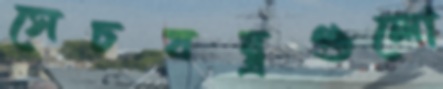
সেচযন্ত্রগুলো